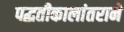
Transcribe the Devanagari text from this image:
पद्धतीकालांतराने